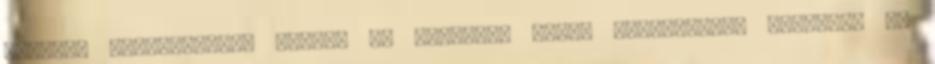
rejtett ökoszisztéma részei is lehetnek egyes vélekedések szerint. Ez